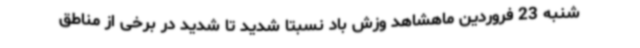
شنبه 23 فروردین ماهشاهد وزش باد نسبتا شدید تا شدید در برخی از مناطق